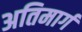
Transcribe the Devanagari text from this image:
अतिमार्ग